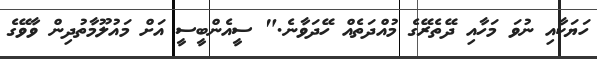
ހަޔަކާއި ނުވަ މަހާއި ދޭތެރޭގެ މުއްދަތެއް ހޭދަވާނެ." ސީއެންބީސީ އަށް މައުލޫމާތުދިން ވާވޭގެ